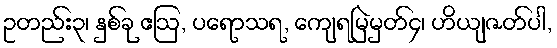
ဥတည်း၃၊ နှစ်ခု ဧဩ, ပရောသရ, ကျေရမြဲမှတ်၄၊ ဟိယျဇတ်ပါ,